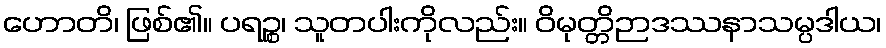
ဟောတိ၊ ဖြစ်၏။ ပရဉ္စ၊ သူတပါးကိုလည်း။ ဝိမုတ္တိဉာဒဿနာသမ္ပဒါယ၊